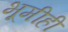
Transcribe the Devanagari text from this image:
भूमीही